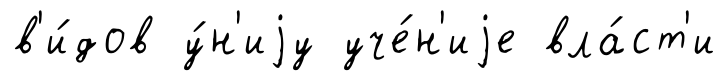
в'и́дов у́н'иjу уче́н'иjе вла́ст'и